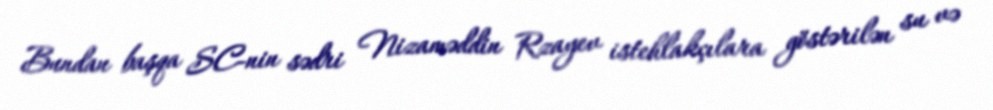
Bundan başqa SC-nin sədri Nizaməddin Rzayev istehlakçılara göstərilən su və